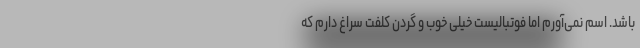
باشد. اسم نمی‌آورم اما فوتبالیست خیلی خوب و گردن کلفت سراغ دارم که